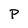
Character: P